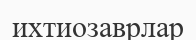
ихтиозаврлар